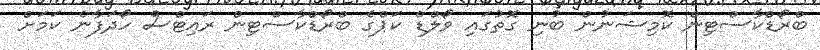
ބްރޯޑްކާސްޓިން ކޮމިޝަނުން ބުނި ގޮތުގައި ވޯލްޑް ކަޕްގެ ބްރޯޑްކާސްޓިން ރައިޓްސް ހޯދަފާނެ ކަމަށް